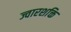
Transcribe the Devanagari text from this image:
ज्वारशक्ति